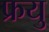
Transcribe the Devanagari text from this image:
फ्रयु